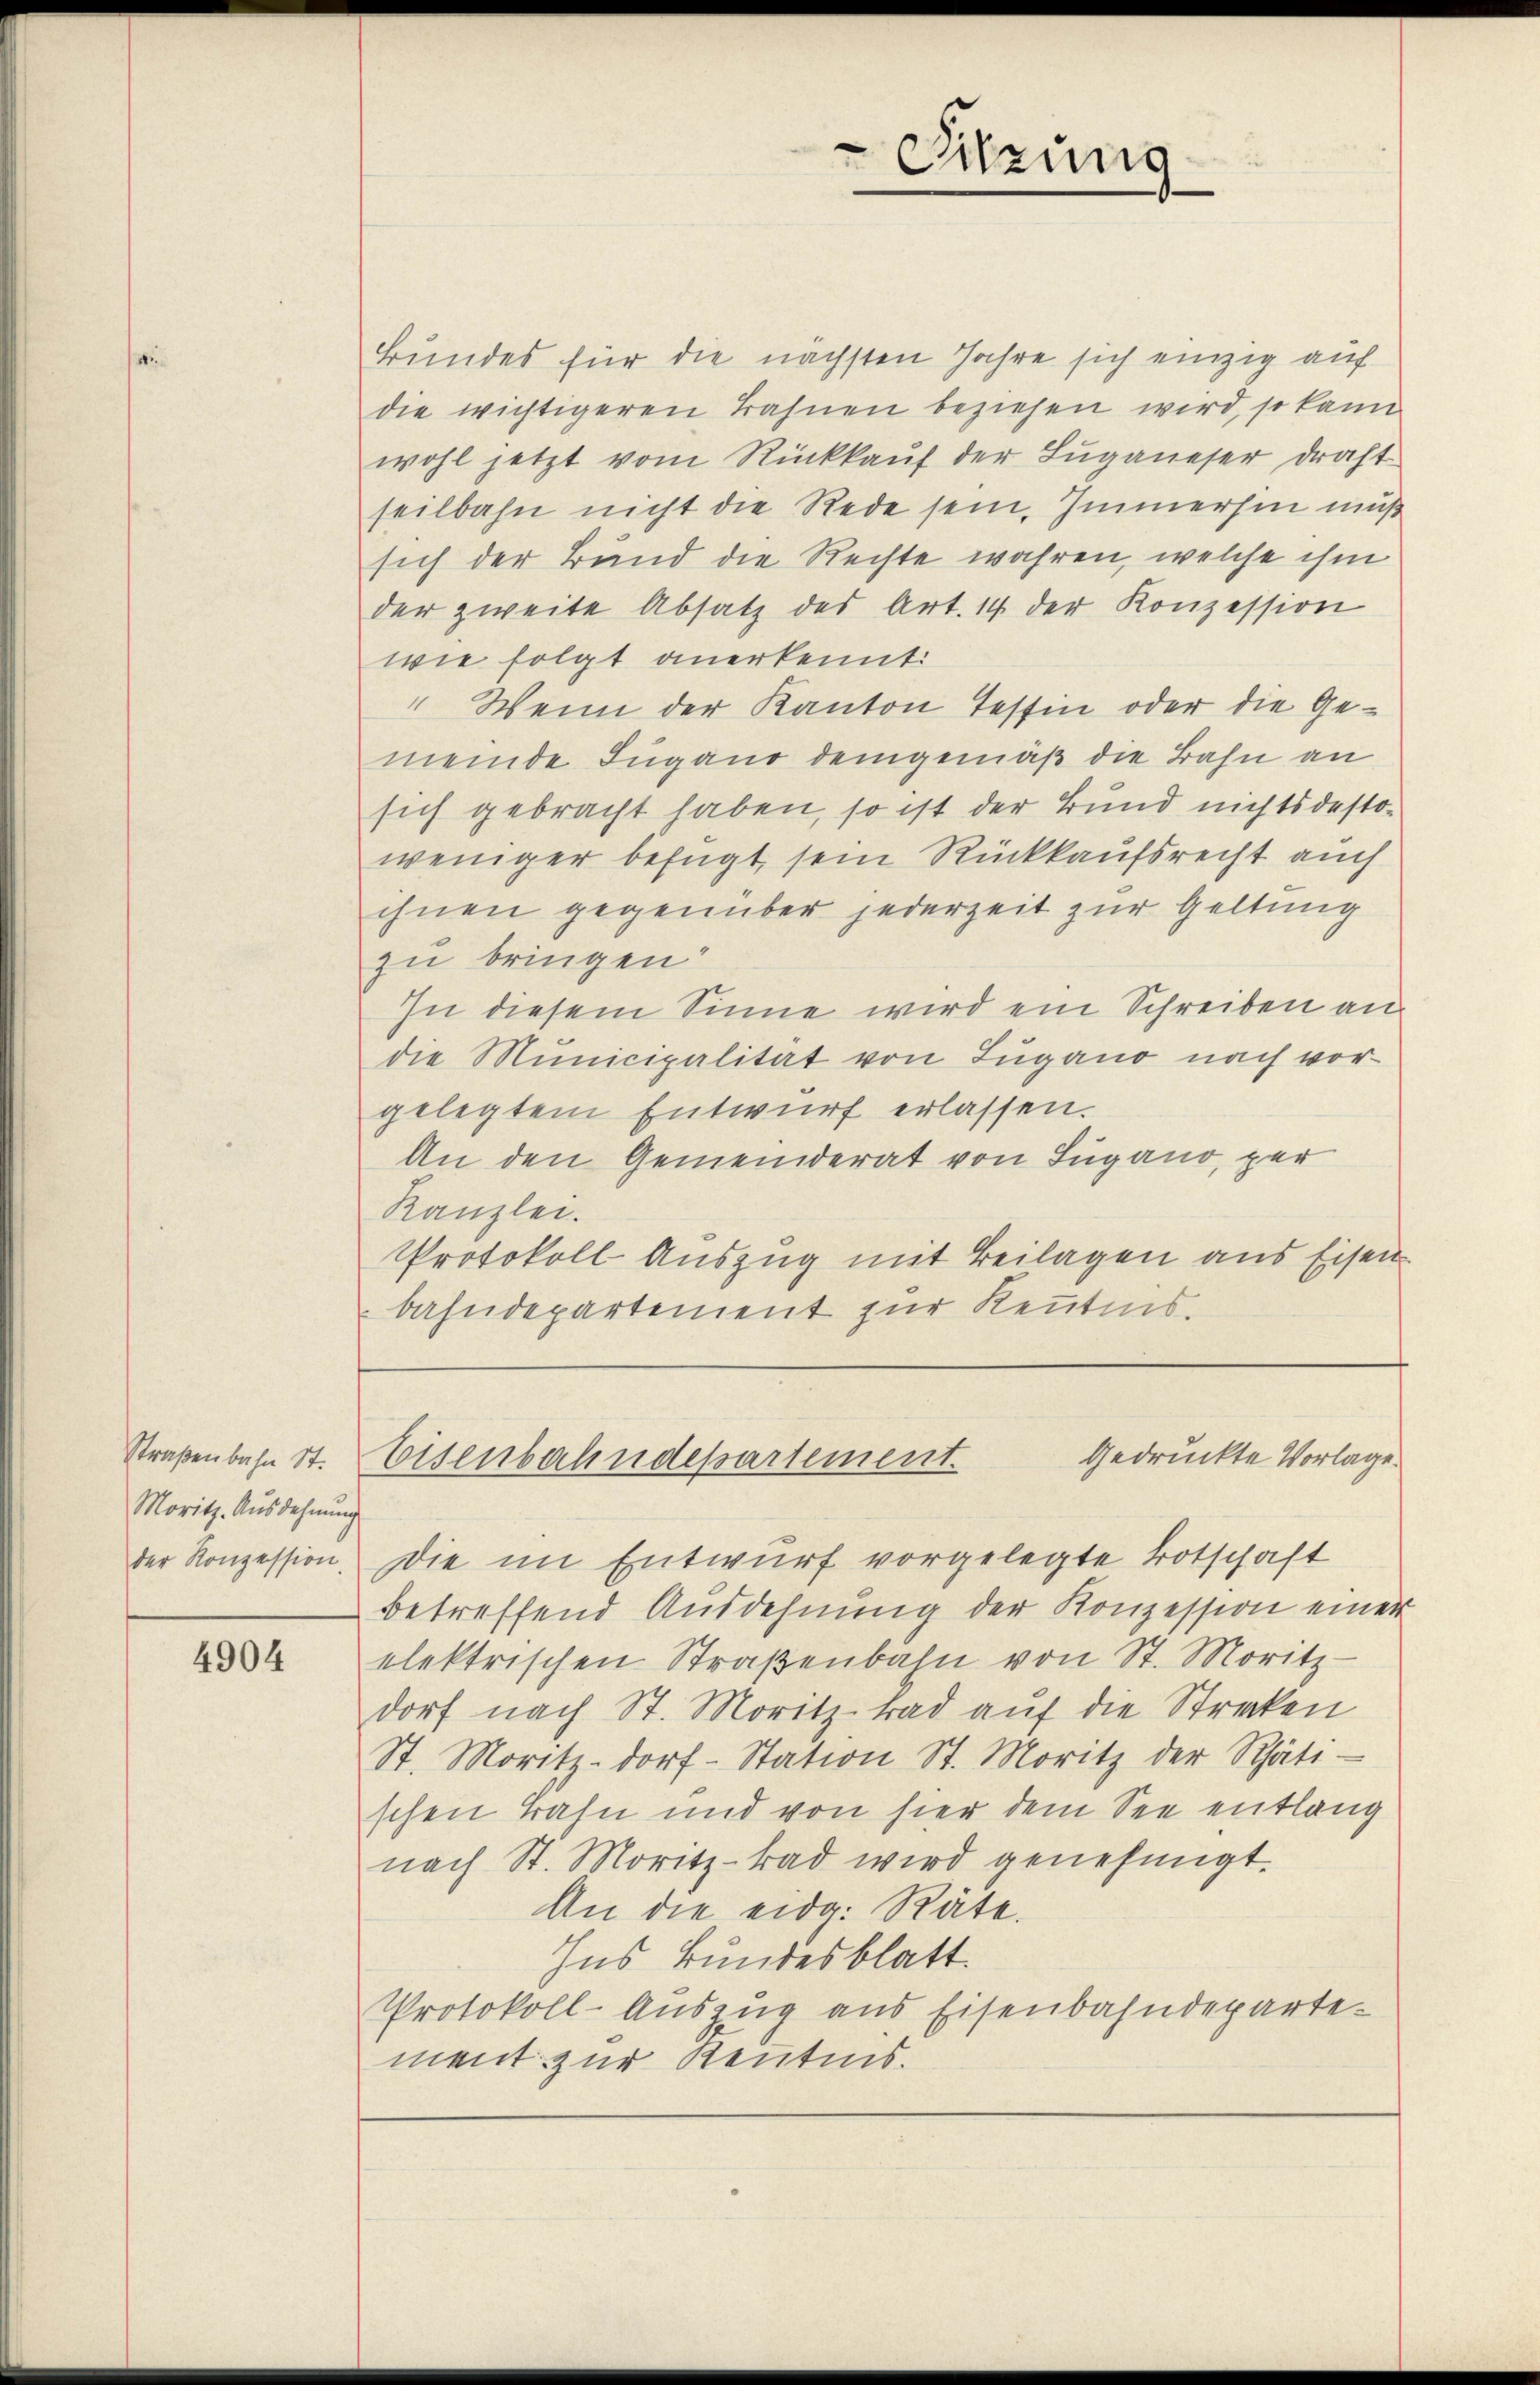
Straßenbahn St.
Moritz. Ausdehnung
der Konzession

4904

Sitzung

Bundes für die nächsten Jahre sich einzig auf
die wichtigeren Bahnen beziehen wird, so kann
wohl jetzt vom Rückkauf der Luganeser drast
seilbahn nicht die Rede sein, Immerhin muß
sich der Band die Rechte wahren, welche ihm
der zweite Absatz des Art. 14 der Konzession
wie folgt anerkennt:
" Wenn der Kanton Tessin oder die Gemeinde Lugano demgemäß die Bahn an
sich gebracht haben, so ist der Bund nichtsdestoweniger befügt, sein Rückkaufsrecht auch
ihnen gegenüber jederzeit zur Geltung
zu bringen.
In diesem Sinne wird ein Schreiben an
die Municipalität von Lugano nach vor-
gelegtem Entwurf erlassen.
An den Gemeinderat von Lugano, per
Kanzlei.
Protokoll Auszug mit Beilagen aus Eisen
bahndepartement zur Kenntnis.

Die im Entwurf vorgelegte Totschaft
betreffend Ausdehnung der Konzession einer
elektrischen Straβenbahn von St. Moritz-
dorf nach St. Moritz-tad auf die Strecken
St. Moritz-dorf-Station St. Moritz der Rhäti-
schen Bahn und von hier dem See entlang
nach St. Moritz-kad wird genehmigt.
An die eidg. Räte.
Ins Bundesblatt.
Protokoll-Auszug aus Eisenbahndepartement zur Kentens.

gedruckte Vorlage.
Eisenbahndepartement.